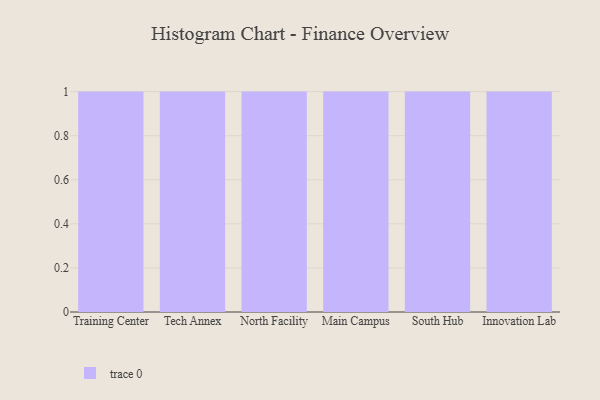
{"axis": {"x": "Campus", "y": "Shipments"}, "legend": [""], "data": [{"x": "Training Center", "y": 24, "type": ""}, {"x": "Tech Annex", "y": 10, "type": ""}, {"x": "North Facility", "y": 38, "type": ""}, {"x": "Main Campus", "y": 65, "type": ""}, {"x": "South Hub", "y": 13, "type": ""}, {"x": "Innovation Lab", "y": 9, "type": ""}]}